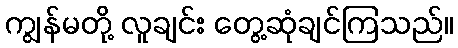
ကျွန်မတို့ လူချင်း တွေ့ဆုံချင်ကြသည်။